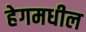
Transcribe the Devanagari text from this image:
हेगमधील